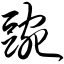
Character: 豌